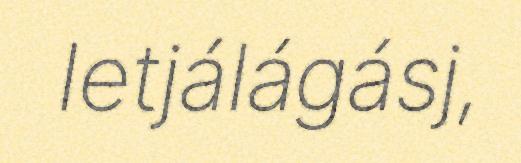
Ietjálágásj,